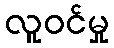
လူဝင်မှု